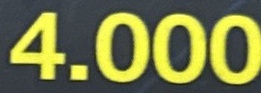
4.000